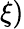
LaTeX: \xi)